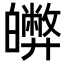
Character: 𤾵